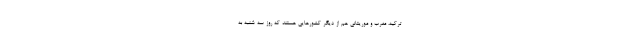
ترکیه، مغرب و موریتانی هم از دیگر کشورهایی هستند که روز سه شنبه به